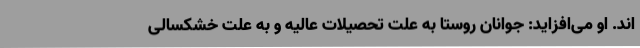
اند. او می‌افزاید: جوانان روستا به علت تحصیلات عالیه و به علت خشکسالی‌